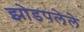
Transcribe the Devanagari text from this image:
झोडपलेले